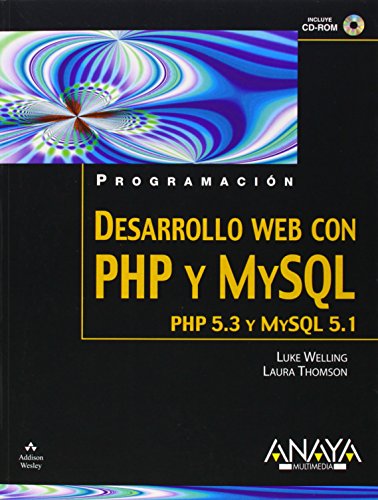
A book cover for Desarrollo Web con PHP y MySQL/ PHP and MySQL Web Development (Spanish Edition); Luke Welling; Computers & Technology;